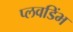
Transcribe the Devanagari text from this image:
प्लवडिंभ